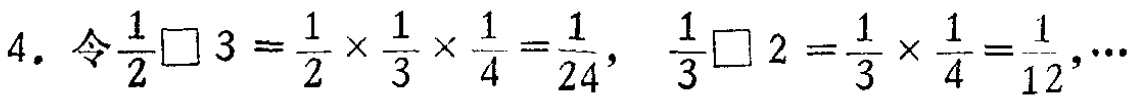
4. 令$\frac{1}{2}\square 3=\frac{1}{2}\times\frac{1}{3}\times\frac{1}{4}=\frac{1}{24}$，$\frac{1}{3}\square 2=\frac{1}{3}\times\frac{1}{4}=\frac{1}{12}$，$\cdots$